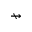
\nrightarrow